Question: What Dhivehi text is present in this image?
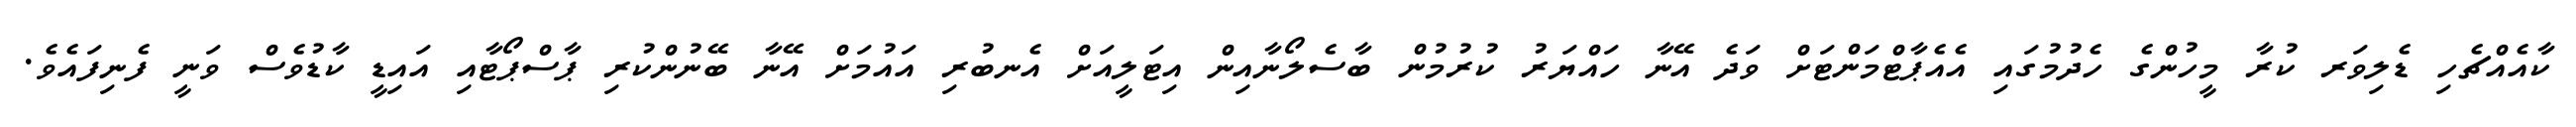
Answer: ކާއެއްޗެހި ޑެލިވަރ ކުރާ މީހުންގެ ހެދުމުގައި އެއެޕާޓްމަންޓަށް ވަދެ އޭނާ ހައްޔަރު ކުރުމުން ބާސެލޯނާއިން އިޓަލީއަށް އެނބުރި އައުމަށް އޭނާ ބޭނުންކުރި ޕާސްޕޯޓާއި އައިޑީ ކާޑުވެސް ވަނީ ފެނިފައެވެ.